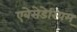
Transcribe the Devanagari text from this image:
एबेसेडेरियम्